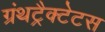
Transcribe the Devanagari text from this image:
ग्रंथट्रैक्टेटस